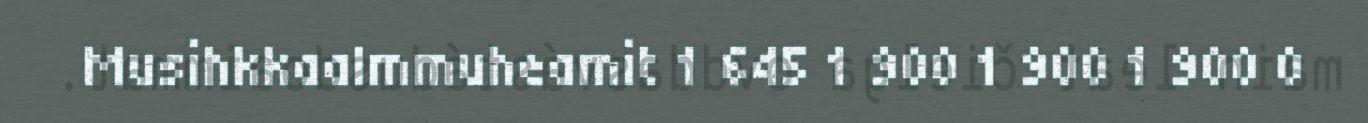
Musihkkaalmmuheamit 1 645 1 900 1 900 1 900 0